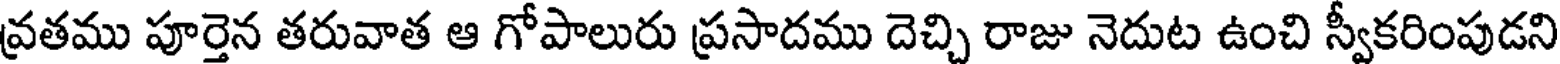
వ్రతము పూర్తెన తరువాత ఆ గోపాలురు ప్రసాదము దెచ్చి రాజు నెదుట ఉంచి స్వీకరింపుడని